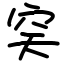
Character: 穾